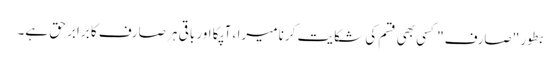
بطور "صارف" کسی بھی قسم کی شکایت کرنا میرا ، آپکا اور باقی ہر صارف کا برابر حق ہے۔